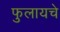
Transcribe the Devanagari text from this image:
फुलायचे